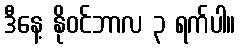
ဒီနေ့ နိုဝင်ဘာလ ၃ ရက်ပါ။